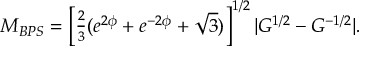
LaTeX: M _ { B P S } = \left[ \textstyle { \frac { 2 } { 3 } } ( e ^ { 2 \phi } + e ^ { - 2 \phi } + \sqrt { 3 } ) \right] ^ { 1 / 2 } | G ^ { 1 / 2 } - G ^ { - 1 / 2 } | .